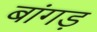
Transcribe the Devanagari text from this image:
बांगड़